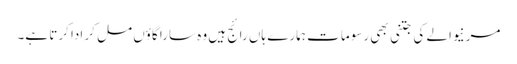
مرنیوالے کی جتنی بھی رسوما ت ہمارے ہاں رائج ہیں وہ سارا گاؤں مل کر ادا کرتا ہے۔